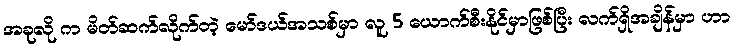
အခုလို က မိတ်ဆက်လိုက်တဲ့ မော်ဒယ်အသစ်မှာ လူ 5 ယောက်စီးနိုင်မှာဖြစ်ပြီး လက်ရှိအချိန်မှာ ဟာ